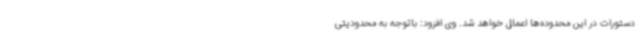
دستورات در این محدوده‌ها اعمال خواهد شد. وی افزود: باتوجه به محدودیتی